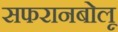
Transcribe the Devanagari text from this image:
सफरानबोलू